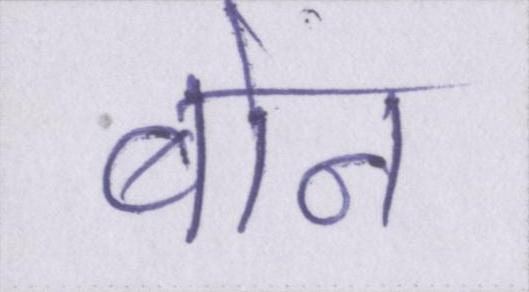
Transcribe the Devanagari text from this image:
बोन